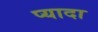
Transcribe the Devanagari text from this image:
प्‍यादा